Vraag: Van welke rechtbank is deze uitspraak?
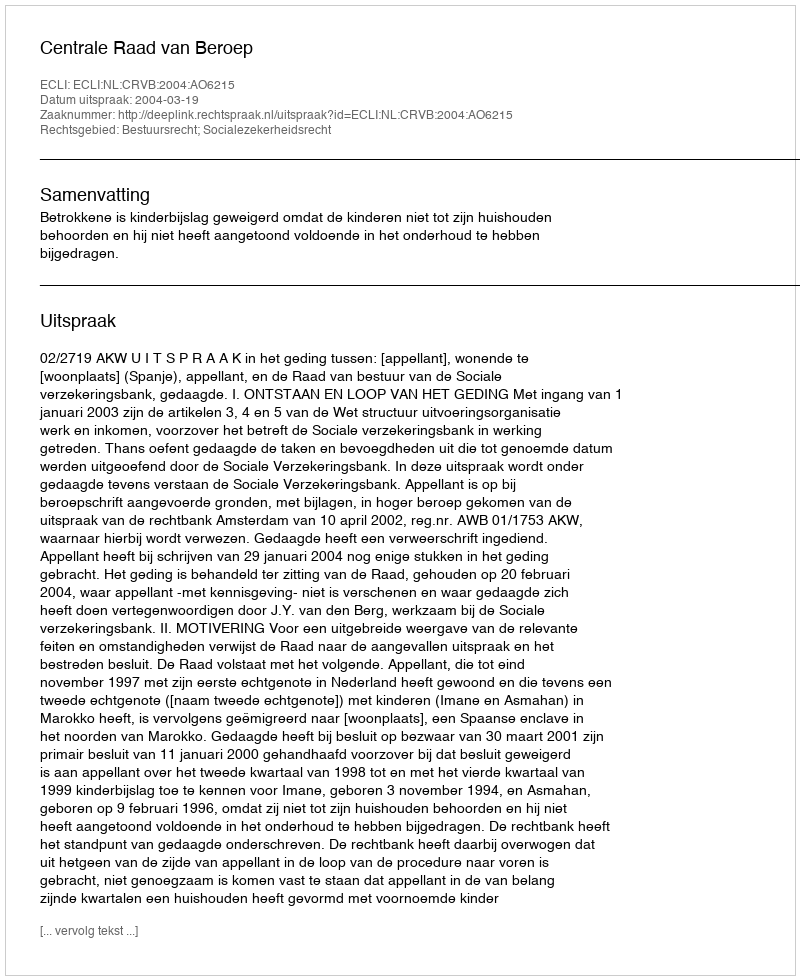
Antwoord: Centrale Raad van Beroep